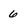
Character: 6